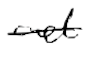
Text: act
Cross-out: single-line
Writing tool: digital_black